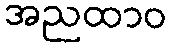
အညထာဝ